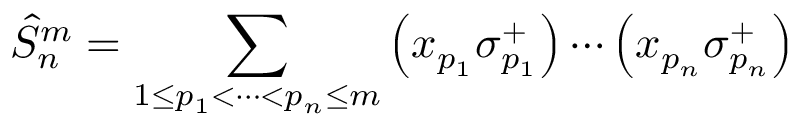
\hat { S } _ { n } ^ { m } = \sum _ { 1 \leq p _ { 1 } < \cdots < p _ { n } \leq m } \left( x _ { p _ { 1 } } \sigma _ { p _ { 1 } } ^ { + } \right) \cdots \left( x _ { p _ { n } } \sigma _ { p _ { n } } ^ { + } \right)